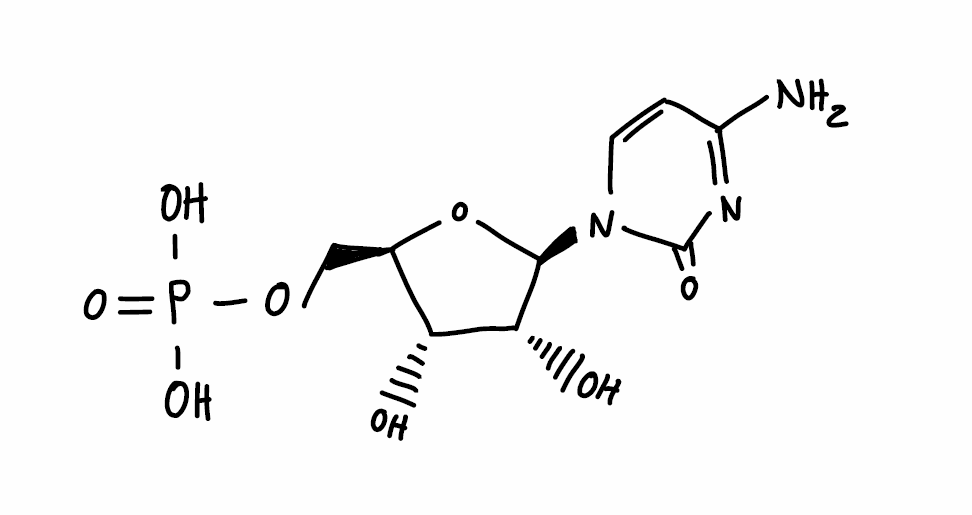
Simplified molecular-input line-entry system (SMILES) notation of the given molecule:
C1=CN(C(=O)N=C1N)[C@H]2[C@@H]([C@@H]([C@H](O2)COP(=O)(O)O)O)O